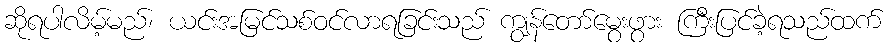
ဆိုရပါလိမ့်မည်၊ ယင်းအမြင်သစ်ဝင်လာရခြင်းသည် ကျွန်တော်မွေးဖွား ကြီးပြင်ခဲ့ရသည်ထက်